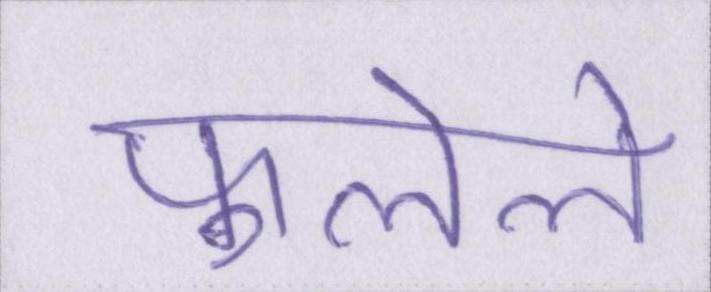
फ़ुलेले